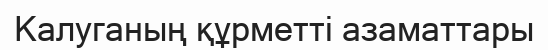
Калуганың құрметті азаматтары